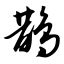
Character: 鹊